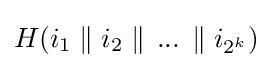
H(i_{1}\parallel i_{2}\parallel \,...\,\parallel i_{2^{k}})